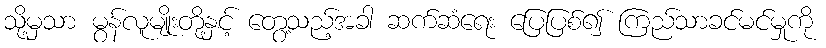
သို့မှသာ မွန်လူမျိုးတို့နှင့် တွေ့သည့်အခါ ဆက်ဆံရေး ပြေပြစ်၍ ကြည်သာခင်မင်မှုကို